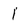
Character: 1